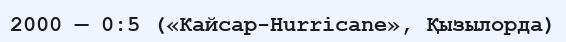
2000 — 0:5 («Кайсар-Hurricane», Қызылорда)